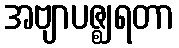
အဗျာပဇ္ဈရတာ